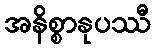
အနိစ္စာနုပဿီ